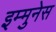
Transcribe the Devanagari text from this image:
इम्मुनेस